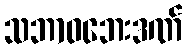
သဘာဝဘေးဒဏ်